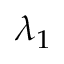
\lambda _ { 1 }